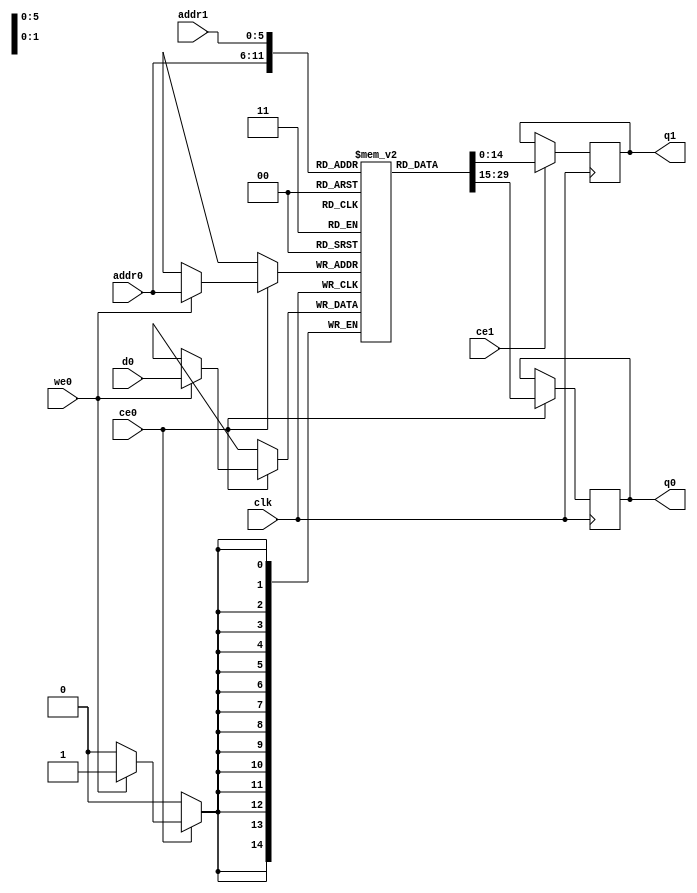
// ==============================================================
// Vitis HLS - High-Level Synthesis from C, C++ and OpenCL v2020.1 (64-bit)
// Copyright 1986-2020 Xilinx, Inc. All Rights Reserved.
// ==============================================================
`timescale 1 ns / 1 ps
module process_element_L5_output_fmap_ReLu_V_ram (addr0, ce0, d0, we0, q0, addr1, ce1, q1,  clk);

parameter DWIDTH = 15;
parameter AWIDTH = 6;
parameter MEM_SIZE = 64;

input[AWIDTH-1:0] addr0;
input ce0;
input[DWIDTH-1:0] d0;
input we0;
output reg[DWIDTH-1:0] q0;
input[AWIDTH-1:0] addr1;
input ce1;
output reg[DWIDTH-1:0] q1;
input clk;

(* ram_style = "distributed" *)reg [DWIDTH-1:0] ram[0:MEM_SIZE-1];




always @(posedge clk)  
begin 
    if (ce0) begin
        if (we0) 
            ram[addr0] <= d0; 
        q0 <= ram[addr0];
    end
end


always @(posedge clk)  
begin 
    if (ce1) begin
        q1 <= ram[addr1];
    end
end


endmodule

`timescale 1 ns / 1 ps
module process_element_L5_output_fmap_ReLu_V(
    reset,
    clk,
    address0,
    ce0,
    we0,
    d0,
    q0,
    address1,
    ce1,
    q1);

parameter DataWidth = 32'd15;
parameter AddressRange = 32'd64;
parameter AddressWidth = 32'd6;
input reset;
input clk;
input[AddressWidth - 1:0] address0;
input ce0;
input we0;
input[DataWidth - 1:0] d0;
output[DataWidth - 1:0] q0;
input[AddressWidth - 1:0] address1;
input ce1;
output[DataWidth - 1:0] q1;



process_element_L5_output_fmap_ReLu_V_ram process_element_L5_output_fmap_ReLu_V_ram_U(
    .clk( clk ),
    .addr0( address0 ),
    .ce0( ce0 ),
    .we0( we0 ),
    .d0( d0 ),
    .q0( q0 ),
    .addr1( address1 ),
    .ce1( ce1 ),
    .q1( q1 ));

endmodule